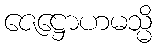
ဇေဋ္ဌောဟမသ္မိ